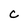
Character: C